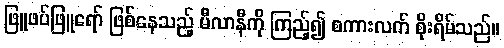
ဖြူဖပ်ဖြူရော် ဖြစ်နေသည့် မီလာနီကို ကြည့်၍ စကားလက် စိုးရိမ်သည်။